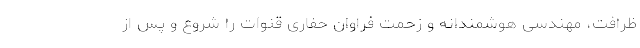
ظرافت، مهندسی هوشمندانه و زحمت فراوان حفاری قنوات را شروع و پس از